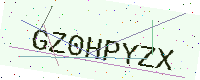
Text: GZ0HPYZX